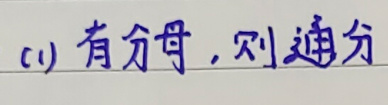
(1) 有分母，则通分